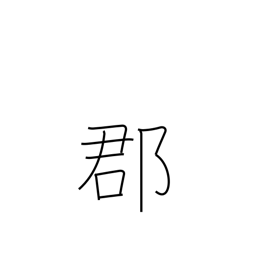
Meaning: county